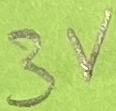
Text: 3V